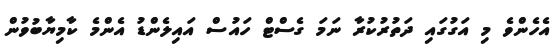
އެހެންވެ މި އަގުގައި ދަތުރުކުރާ ނަމަ ގެސްޓް ހައުސް އައިލެންޑު އެންމެ ކާމިޔާބުވުން